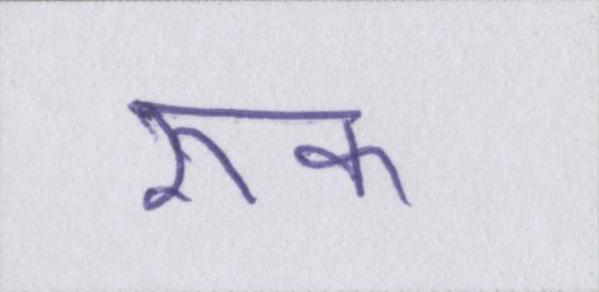
रूक